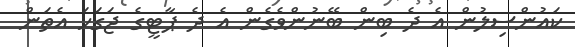
ކައުންސިލުން އެ ދެ ބިން ބޭނުންވެގެން އެ ދެ ޕާޓީގެ ޖަގަހަ އެތަން